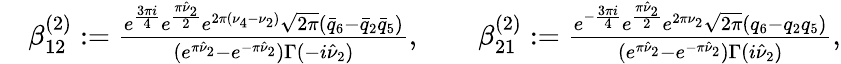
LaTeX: \begin{array}{rl}&{\beta_{12}^{(2)}:=\frac{e^{\frac{3\pi i}{4}}e^{\frac{\pi\hat{\nu}_{2}}{2}}e^{2\pi(\nu_{4}-\nu_{2})}\sqrt{2\pi}(\bar{q}_{6}-\bar{q}_{2}\bar{q}_{5})}{(e^{\pi\hat{\nu}_{2}}-e^{-\pi\hat{\nu}_{2}})\Gamma(-i\hat{\nu}_{2})},\qquad\beta_{21}^{(2)}:=\frac{e^{-\frac{3\pi i}{4}}e^{\frac{\pi\hat{\nu}_{2}}{2}}e^{2\pi\nu_{2}}\sqrt{2\pi}(q_{6}-q_{2}q_{5})}{(e^{\pi\hat{\nu}_{2}}-e^{-\pi\hat{\nu}_{2}})\Gamma(i\hat{\nu}_{2})},}\end{array}